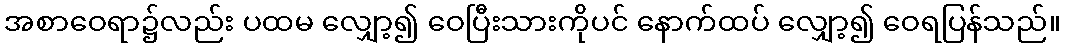
အစာဝေရာ၌လည်း ပထမ လျှော့၍ ဝေပြီးသားကိုပင် နောက်ထပ် လျှော့၍ ဝေရပြန်သည်။